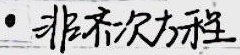
· 非齐次方程